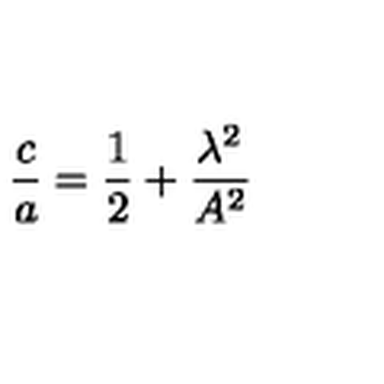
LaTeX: \frac { c } { a } = \frac { 1 } { 2 } + \frac { \lambda ^ { 2 } } { A ^ { 2 } }